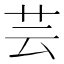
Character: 芸